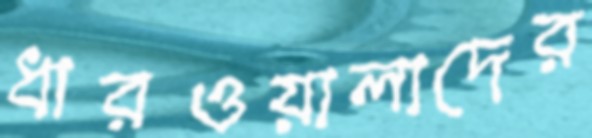
ধারওয়ালাদের